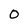
Character: 0